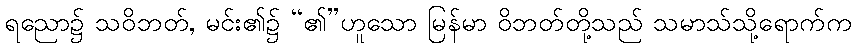
ရညော၌ သဝိဘတ်, မင်း၏၌ “၏”ဟူသော မြန်မာ ဝိဘတ်တို့သည် သမာသ်သို့ရောက်က